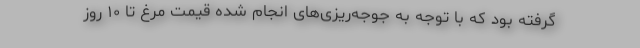
گرفته بود که با توجه به جوجه‌ریزی‌های انجام شده قیمت مرغ تا ۱۰ روز